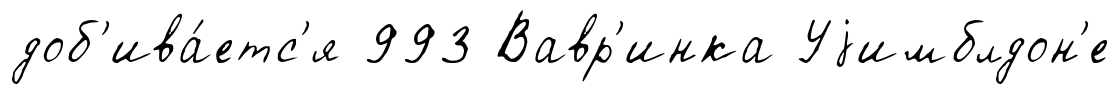
доб'ива́етс'я 993 Вавр'инка Уjимблдон'е